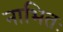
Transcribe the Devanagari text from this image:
नाभितः